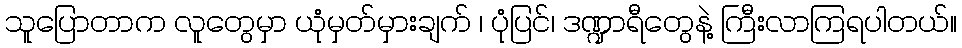
သူပြောတာက လူတွေမှာ ယုံမှတ်မှားချက် ၊ ပုံပြင်၊ ဒဏ္ဍာရီတွေနဲ့ ကြီးလာကြရပါတယ်။